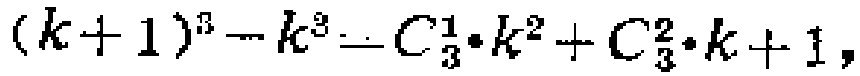
\((k + 1)^{3}-k^{3}=C_{3}^{1}\cdot k^{2}+C_{3}^{2}\cdot k + 1\)